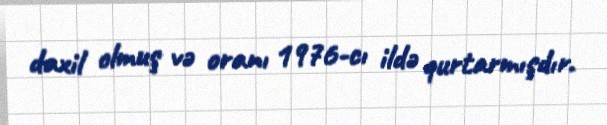
daxil olmuş və oranı 1976-cı ildə qurtarmışdır.